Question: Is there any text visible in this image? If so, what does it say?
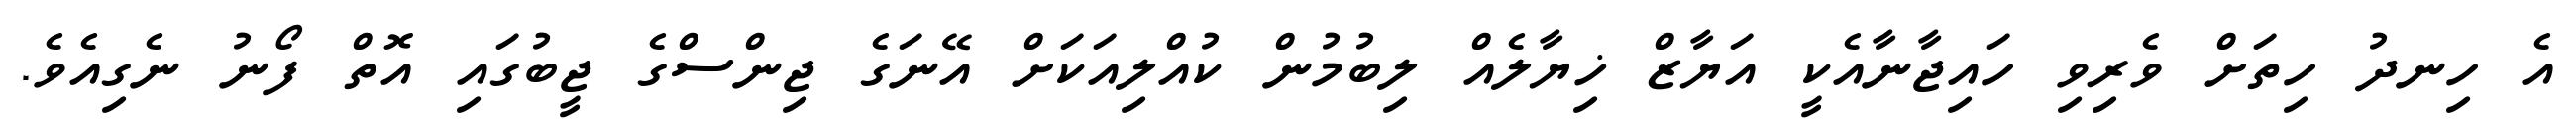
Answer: އެ ހިނދު ހިތަށް ވެރިވި ހައިޖާނާއެކީ އަޔާޒް ޚިޔާލެއް ލިބުމުން ކުއްލިއަކަށް އޭނަގެ ޖިންސްގެ ޖީބުގައި އޮތް ފޯނު ނެގިއެވެ.